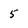
Character: 5